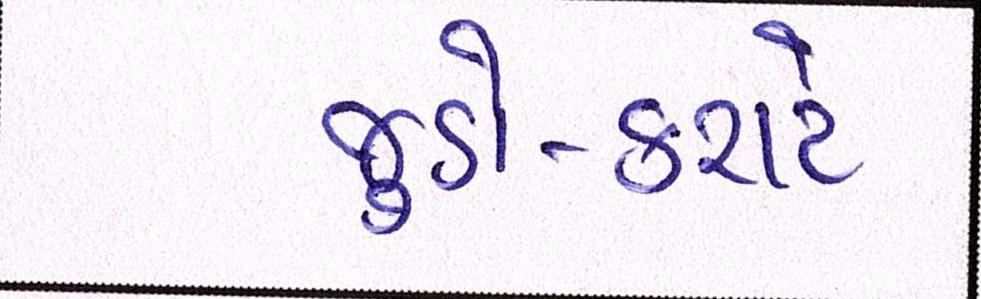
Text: જુડો-કરાટે